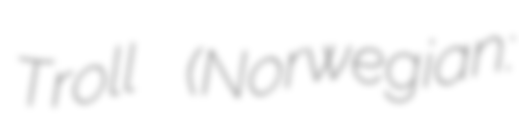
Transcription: Troll (Norwegian: